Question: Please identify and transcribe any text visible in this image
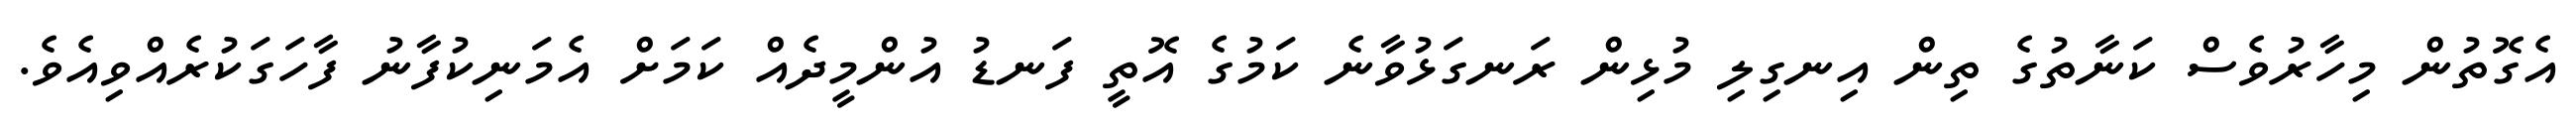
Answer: އެގޮތުން މިހާރުވެސް ކަނާތުގެ ތިން އިނގިލި މުޅިން ރަނގަޅުވާނެ ކަމުގެ އޮތީ ފަނޑު އުންމީދެއް ކަމަށް އެމަނިކުފާނު ފާހަގަކުރެއްވިއެވެ.